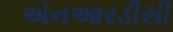
એનઆરડીસી